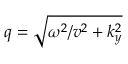
q = \sqrt { \omega ^ { 2 } / v ^ { 2 } + k _ { y } ^ { 2 } }